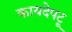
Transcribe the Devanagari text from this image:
कायदेपटू